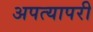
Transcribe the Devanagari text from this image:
अपत्यापरी